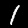
Label: 1